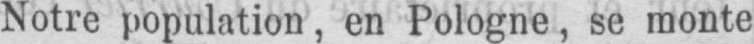
Notre population, en Pologne, se monte